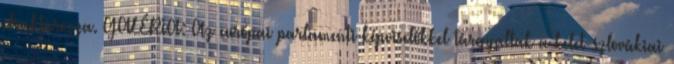
elraktározza. GALÉRIA: Az európai parlamenti képviselőkkel tárgyaltak a kelet-szlovákiai